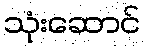
သုံးဆောင်